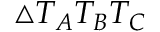
\triangle T _ { A } T _ { B } T _ { C }